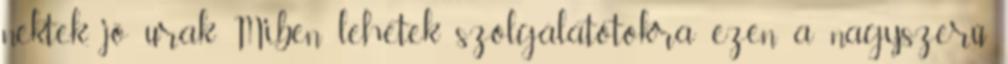
nektek, jó urak Miben lehetek szolgálatotokra ezen a nagyszerű